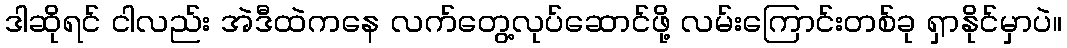
ဒါဆိုရင် ငါလည်း အဲဒီထဲကနေ လက်တွေ့လုပ်ဆောင်ဖို့ လမ်းကြောင်းတစ်ခု ရှာနိုင်မှာပဲ။